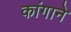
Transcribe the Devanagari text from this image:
कांगाने